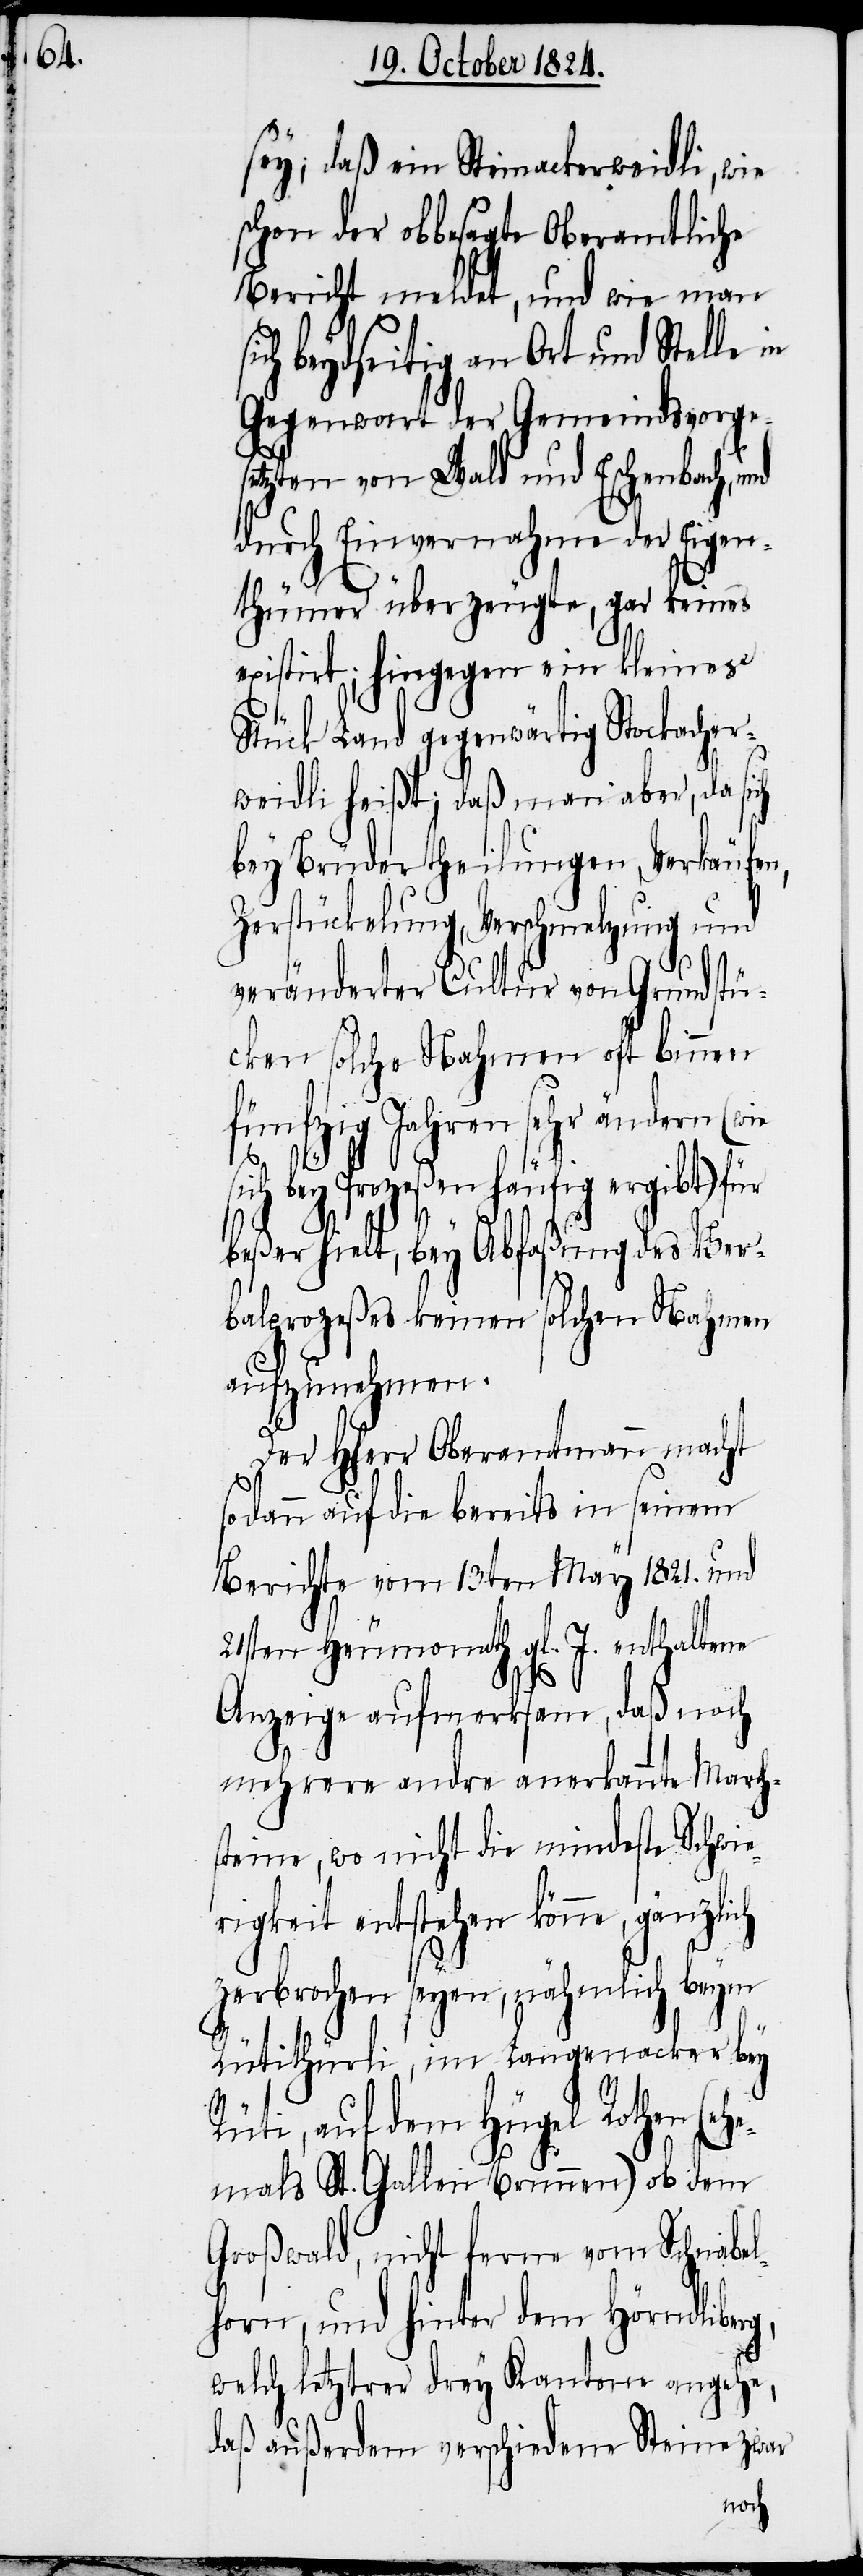
sey, daß ein Steinackerweidli, wie
schon der obbesagte Oberamtliche
Bericht ermeldet, und wie man
ich beydseitig an Ort und Stelle in
Gegenwart der Gemeindsvorges¬
etzten von Wald und Eschenbach, und
durch Einvernahme der Eigen¬
thümer überzeugte, gar keines
existirt; hingegen ein kleines
Stück Land gegenwärtig Stockacher¬
weidli heißt; daß man aber, da sich
bey Brüdertheilungen, Verkäufen,
Zerstückelung, Verschmelzung und
veränderter Collatur von Grundstü¬
cken solche Nahmen oft binnen
fünfzig Jahren sehr ändern
sich bey Prozeßen häufig ergibt) für
beßer hielt, bey Abfaßung des Ver¬
balprozeßes keinen solchen Nahmen
aufzunehmen.
Der HHerr Oberamtmann macht
sodann auf die bereits in seinem
Berichte vom 13ten May 1821. und
21sten Heumonath gl. J. enthaltene
ch
Anzeige aufmerksam, daß noch
mehrere andre anerkannte March¬
steine, wo nicht die mindestes Schwie¬
rigkeit entstehen könne, gänzli¬
zerbrochen seyen, nähmlich beym
Rütithürli, im Langenacker bey
Rüti, auf dem Hügel Rothen (ehe¬
mals St. Gallen Brunnen) ob dem
Großwald, nicht ferne vom Schnabel¬
horn, und hinter dem Hörndliberg,
welch letzterer drey Kantone angehe,
daß außerdem verschiedene Steine zwar